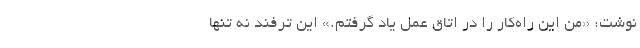
نوشت: «من این راه‌کار را در اتاق عمل یاد گرفتم.» این ترفند نه تنها